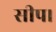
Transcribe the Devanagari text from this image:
सीप।